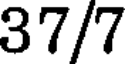
37/7